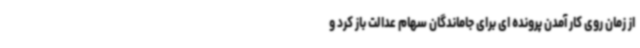
از زمان روی کار آمدن پرونده ای برای جاماندگان سهام عدالت باز کرد و